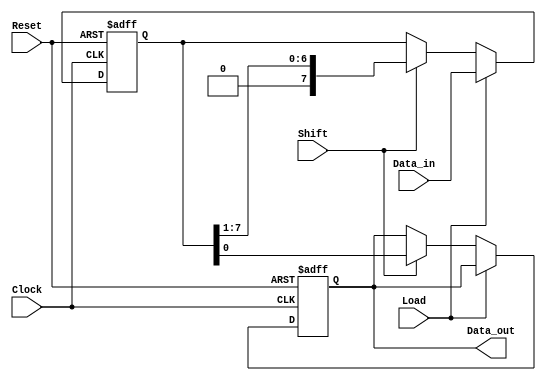
module PISO_Register #(
    parameter DATA_WIDTH = 8, // Configurable data width
    parameter SHIFT_DIRECTION = 0 // 0 for LSB first, 1 for MSB first
)(
    input wire [DATA_WIDTH-1:0] Data_in, // Parallel input bus
    input wire Load,                   // Load control signal
    input wire Shift,                  // Shift control signal
    input wire Clock,                  // Clock signal
    input wire Reset,                  // Asynchronous reset
    output reg Data_out                // Serial output
);

    // Internal register to hold the data
    reg [DATA_WIDTH-1:0] shift_reg;

    always @(posedge Clock or posedge Reset) begin
        if (Reset) begin
            // Clear the shift register on reset
            shift_reg <= {DATA_WIDTH{1'b0}};
            Data_out <= 1'b0; // Clear output
        end else if (Load) begin
            // Load data into the shift register
            shift_reg <= Data_in;
        end else if (Shift) begin
            // Shift data out
            if (SHIFT_DIRECTION == 0) begin
                // LSB first
                Data_out <= shift_reg[0];
                shift_reg <= {1'b0, shift_reg[DATA_WIDTH-1:1]}; // Shift left
            end else begin
                // MSB first
                Data_out <= shift_reg[DATA_WIDTH-1];
                shift_reg <= {shift_reg[DATA_WIDTH-2:0], 1'b0}; // Shift right
            end
        end
    end

endmodule